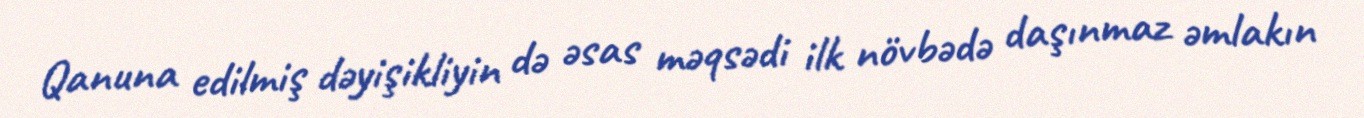
Qanuna edilmiş dəyişikliyin də əsas məqsədi ilk növbədə daşınmaz əmlakın